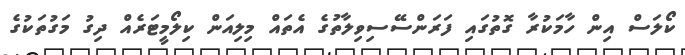
ކޯލަސް އިން ހާމަކުރާ ގޮތުގައި ފަރަންސޭސިވިލާތުގެ އެތައް މިލިއަން ކިލޯމީޓަރެއް ދިގު މަގުތަކުގެ